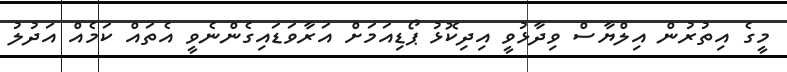
މީގެ އިތުރުން އިލްޔާސް ވިދާޅުވީ އިދިކޮޅު ޕޯޑިއަމަށް އަރާވަޑައިގެންނެވީ އެތައް ކަމެއް އަދުލު